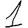
Digit: 1